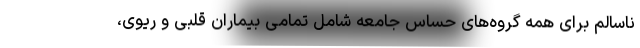
ناسالم برای همه گروه‌های حساس جامعه شامل تمامی بیماران قلبی و ریوی،